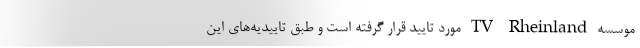
موسسه TV Rheinland مورد تایید قرار گرفته است و طبق تاییدیه‌های این